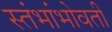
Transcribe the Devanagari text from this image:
स्तंभांभोवती